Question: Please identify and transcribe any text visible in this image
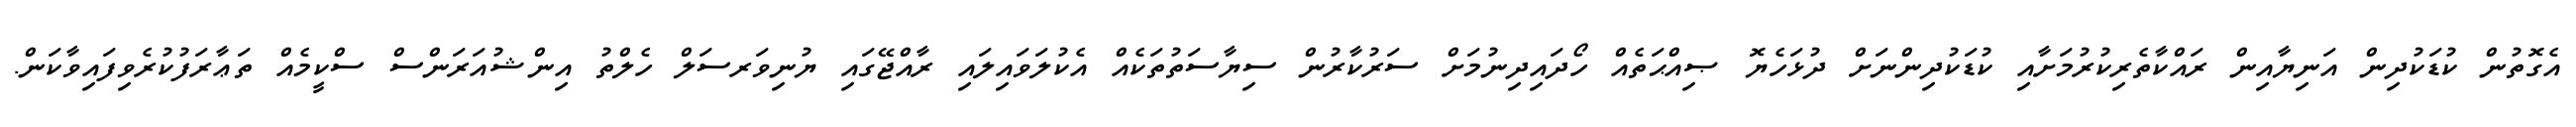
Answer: އެގޮތުން ކުޑަކުދިން އަނިޔާއިން ރައްކާތެރިކުރުމަށާއި ކުޑަކުދިންނަށް ދުޅަހެޔޮ ޞިއްޙަތެއް ހޯދައިދިނުމަށް ސަރުކާރުން ސިޔާސަތުތަކެއް އެކުލަވައިލައި ރާއްޖޭގައި ޔުނިވަރސަލް ހެލްތު އިންޝުއަރަންސް ސްކީމެއް ތަޢާރަފުކުރެވިފައިވާކަން.